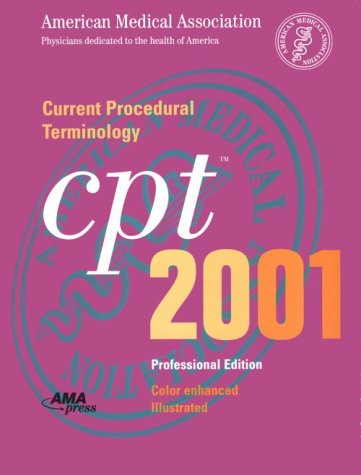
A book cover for Current Procedural Terminology: CPT 2001 (Professional Edition, Spiral-Bound Version); Celeste G. Kirschner; Medical Books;